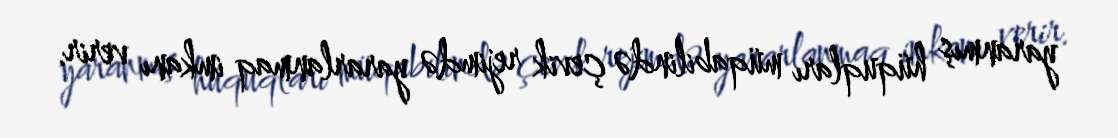
yaranmış hüquqları müqabilində çevik rejimdə yararlanmaq imkanı verir.